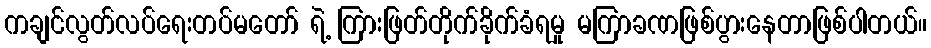
ကချင်လွတ်လပ်ရေးတပ်မတော် ရဲ့ ကြားဖြတ်တိုက်ခိုက်ခံရမှု မကြာခဏဖြစ်ပွားနေတာဖြစ်ပါတယ်။